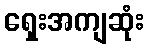
ရှေးအကျဆုံး